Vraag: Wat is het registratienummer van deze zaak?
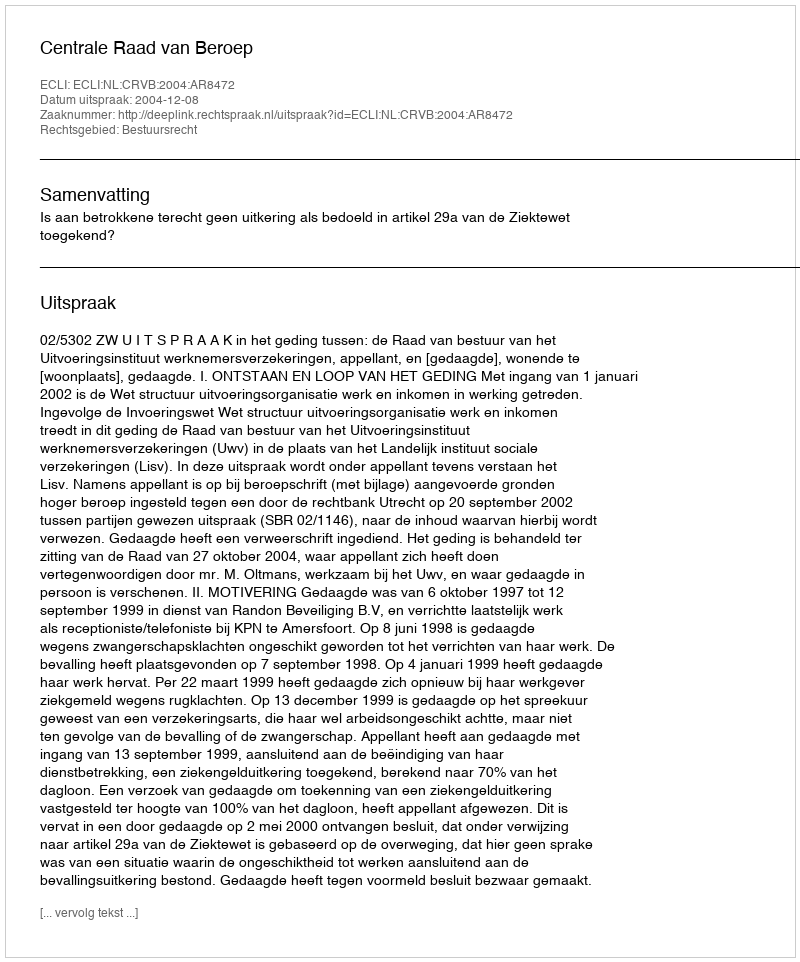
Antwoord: http://deeplink.rechtspraak.nl/uitspraak?id=ECLI:NL:CRVB:2004:AR8472